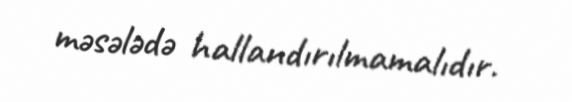
məsələdə hallandırılmamalıdır.